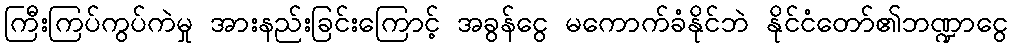
ကြီးကြပ်ကွပ်ကဲမှု အားနည်းခြင်းကြောင့် အခွန်ငွေ မကောက်ခံနိုင်ဘဲ နိုင်ငံတော်၏ဘဏ္ဍာငွေ